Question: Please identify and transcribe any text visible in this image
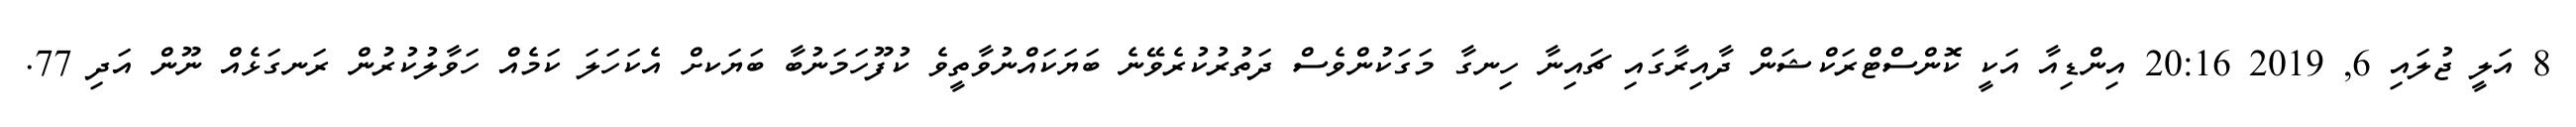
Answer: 8 އަލީ ޖުލައި 6, 2019 20:16 އިންޑިއާ އަކީ ކޮންސްޓްރަކްޝަން ދާއިރާގައި ޗައިނާ ހިނގާ މަގަކުންވެސް ދަތުރުކުރެވޭނެ ބަޔަކައްނުވާތީވެ ކުފޫހަމަނުބާ ބަޔަކށް އެކަހަލަ ކަމެއް ހަވާލުކުރުން ރަނގަޅެއް ނޫން އަދި 77.